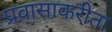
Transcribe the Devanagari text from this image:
प्रवासाकरीता